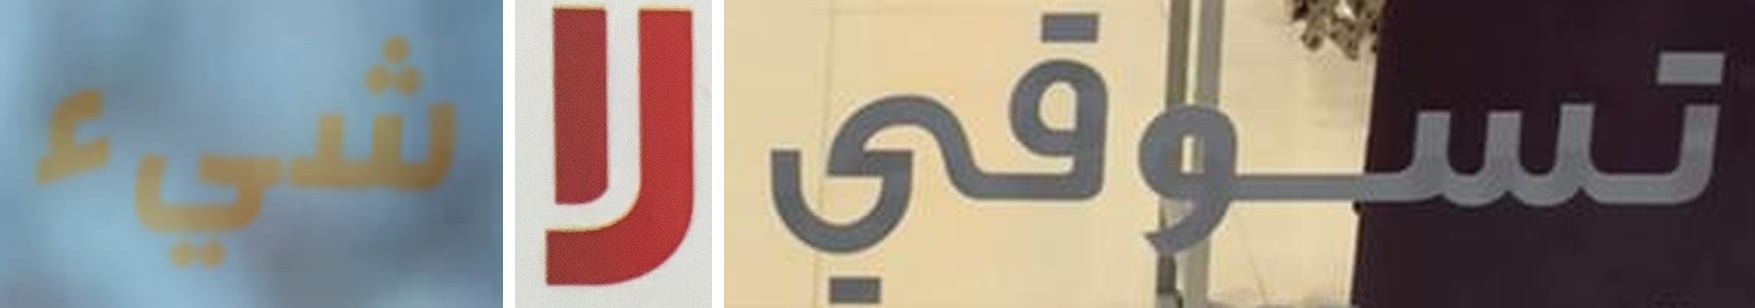
شيء لا تسوقي